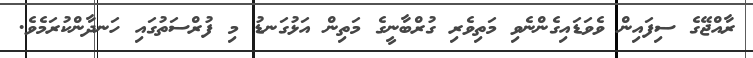
ރާއްޖޭގެ ސިފައިން ވެވަޑައިގެންނެވި މަތިވެރި ގުރްބާނީގެ މަތިން އަޅުގަނޑު މި ފުރްސަތުގައި ހަނދާންކުރަމެވެ.